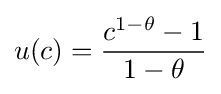
u(c)={\frac {c^{1-\theta }-1}{1-\theta }}